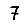
Digit: 7